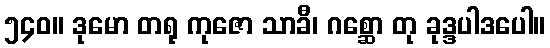
၅၄၀။ ဒုမော တရု ကုဇော သာခီ၊ ဂစ္ဆော တု ခုဒ္ဒပါဒပေါ။